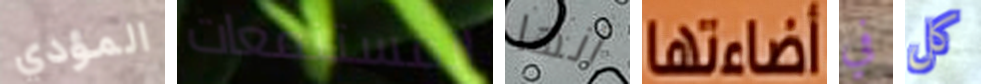
المؤدي المستنقعات أنها أضاءتها في كل